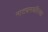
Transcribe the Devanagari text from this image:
नाट्यमयरित्या